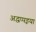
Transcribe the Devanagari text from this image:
अद्धप्पइया